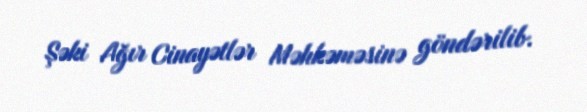
Şəki Ağır Cinayətlər Məhkəməsinə göndərilib.